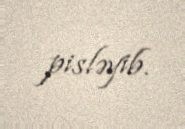
pisləyib.